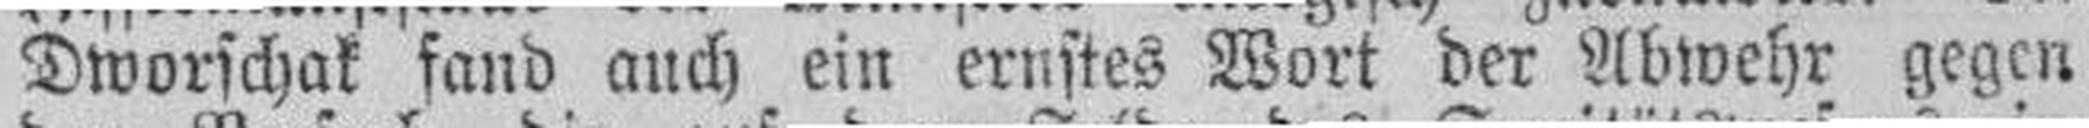
Dworschak fand auch ein ernstes Wort der Abwehr gegen